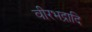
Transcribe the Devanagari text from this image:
वीरभद्रादि